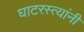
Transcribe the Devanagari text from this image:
घाटरस्त्यांनी